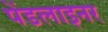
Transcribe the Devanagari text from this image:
पेंडलाइनर